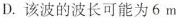
D.该波的波长可能为6m